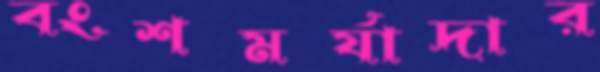
বংশমর্যাদার